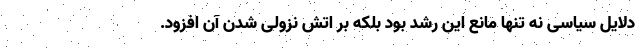
دلایل سیاسی نه تنها مانع این رشد بود بلکه بر اتش نزولی شدن آن افزود.